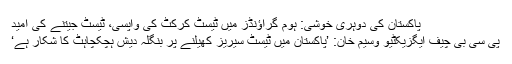
پاکستان کی دوہری خوشی: ہوم گراؤنڈز میں ٹیسٹ کرکٹ کی واپسی، ٹیسٹ جیتنے کی امید
پی سی بی چیف ایگزیکٹیو وسیم خان: ’پاکستان میں ٹیسٹ سیریز کھیلنے پر بنگلہ دیش ہچکچاہٹ کا شکار ہے‘